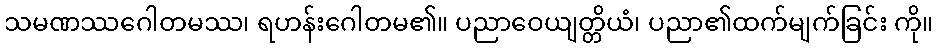
သမဏဿဂေါတမဿ၊ ရဟန်းဂေါတမ၏။ ပညာဝေယျတ္တိယံ၊ ပညာ၏ထက်မျက်ခြင်း ကို။